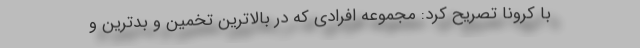
با کرونا تصریح کرد: مجموعه افرادی که در بالاترین تخمین و بدترین و